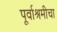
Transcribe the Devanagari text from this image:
पूर्वाश्रमीचा